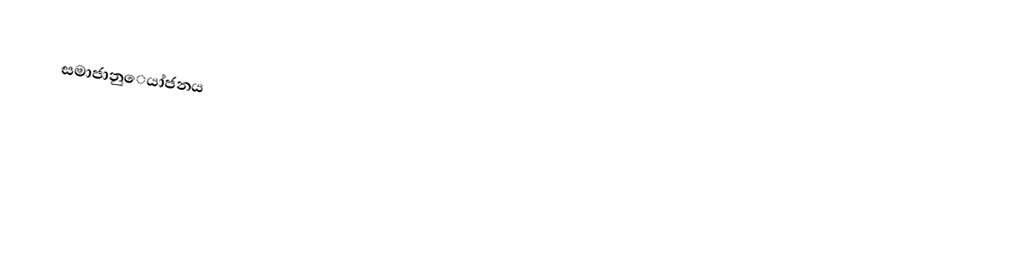
සමාජානුෙයා්ජනය